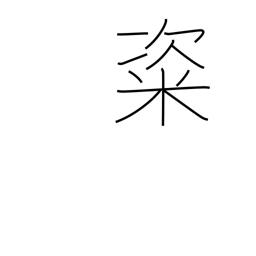
Meaning: rice cakes